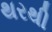
થરથી